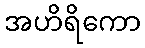
အဟိရိကော